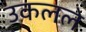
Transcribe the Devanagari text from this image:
उकलले